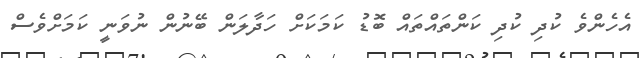
އެހެންވެ ކުދި ކުދި ކަންތައްތައް ބޮޑު ކަމަކަށް ހަދާލަން ބޭނުން ނުވަނީ ކަމަށްވެސް